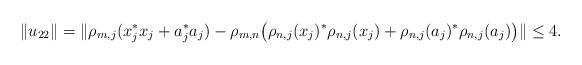
LaTeX: \begin{align*} \|u_{22}\|&=\|\rho_{m,j}(x_j^*x_j+a_j^*a_j)-\rho_{m,n}\big(\rho_{n,j}(x_j)^*\rho_{n,j}(x_j)+\rho_{n,j}(a_j)^*\rho_{n,j}(a_j)\big)\|\leq 4. \end{align*}